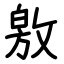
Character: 敫